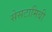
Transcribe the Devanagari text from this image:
सेसटामिबी